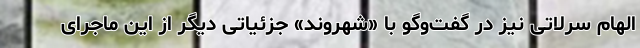
الهام سرلاتی نیز در گفت‌وگو با «شهروند» جزئیاتی دیگر از این ماجرای